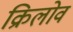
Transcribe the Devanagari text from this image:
क्रिलोव